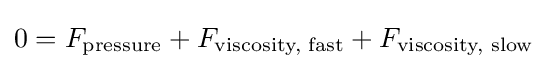
0=F_{\text{pressure}}+F_{\text{viscosity, fast}}+F_{\text{viscosity, slow}}